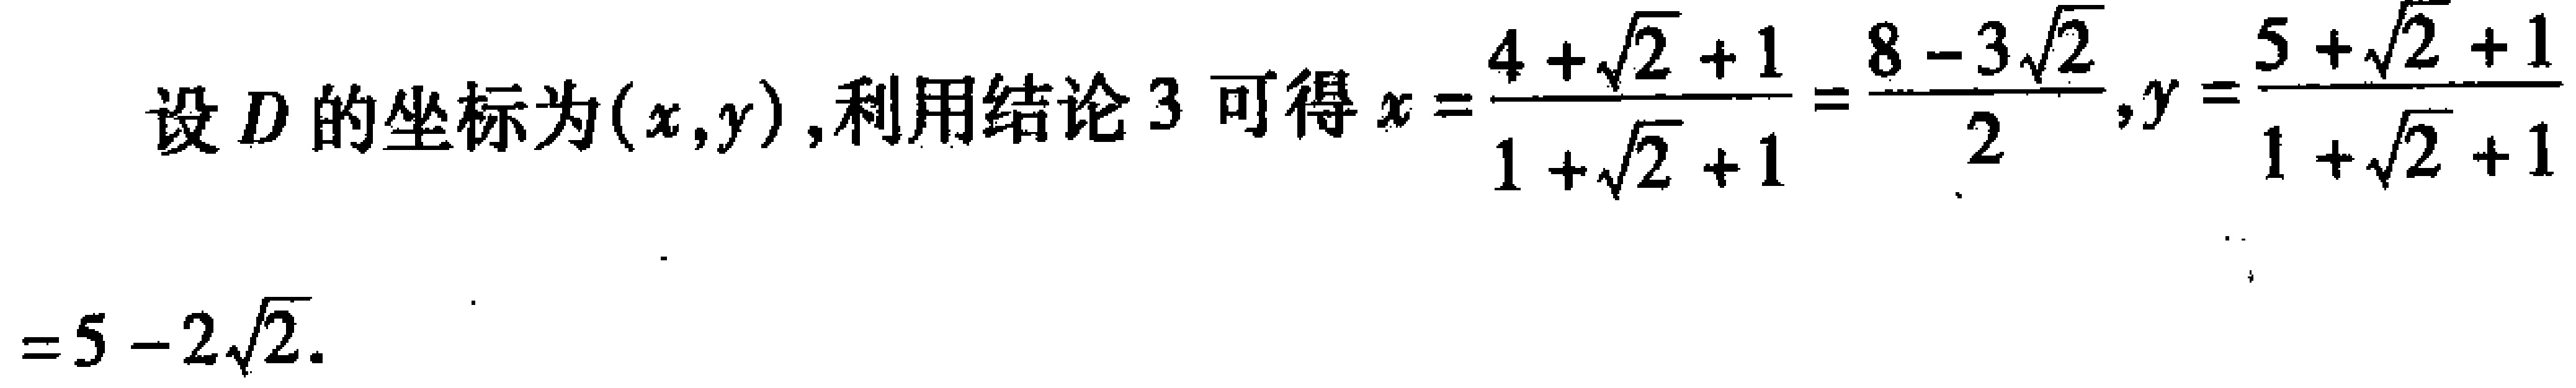
设 \(D\) 的坐标为\((x,y)\)，利用结论 \(3\) 可得 \(x = \frac{4 + \sqrt{2} + 1}{1 + \sqrt{2} + 1}=\frac{8 - 3\sqrt{2}}{2}\)，\(y = \frac{5 + \sqrt{2} + 1}{1 + \sqrt{2} + 1}=5 - 2\sqrt{2}\)。